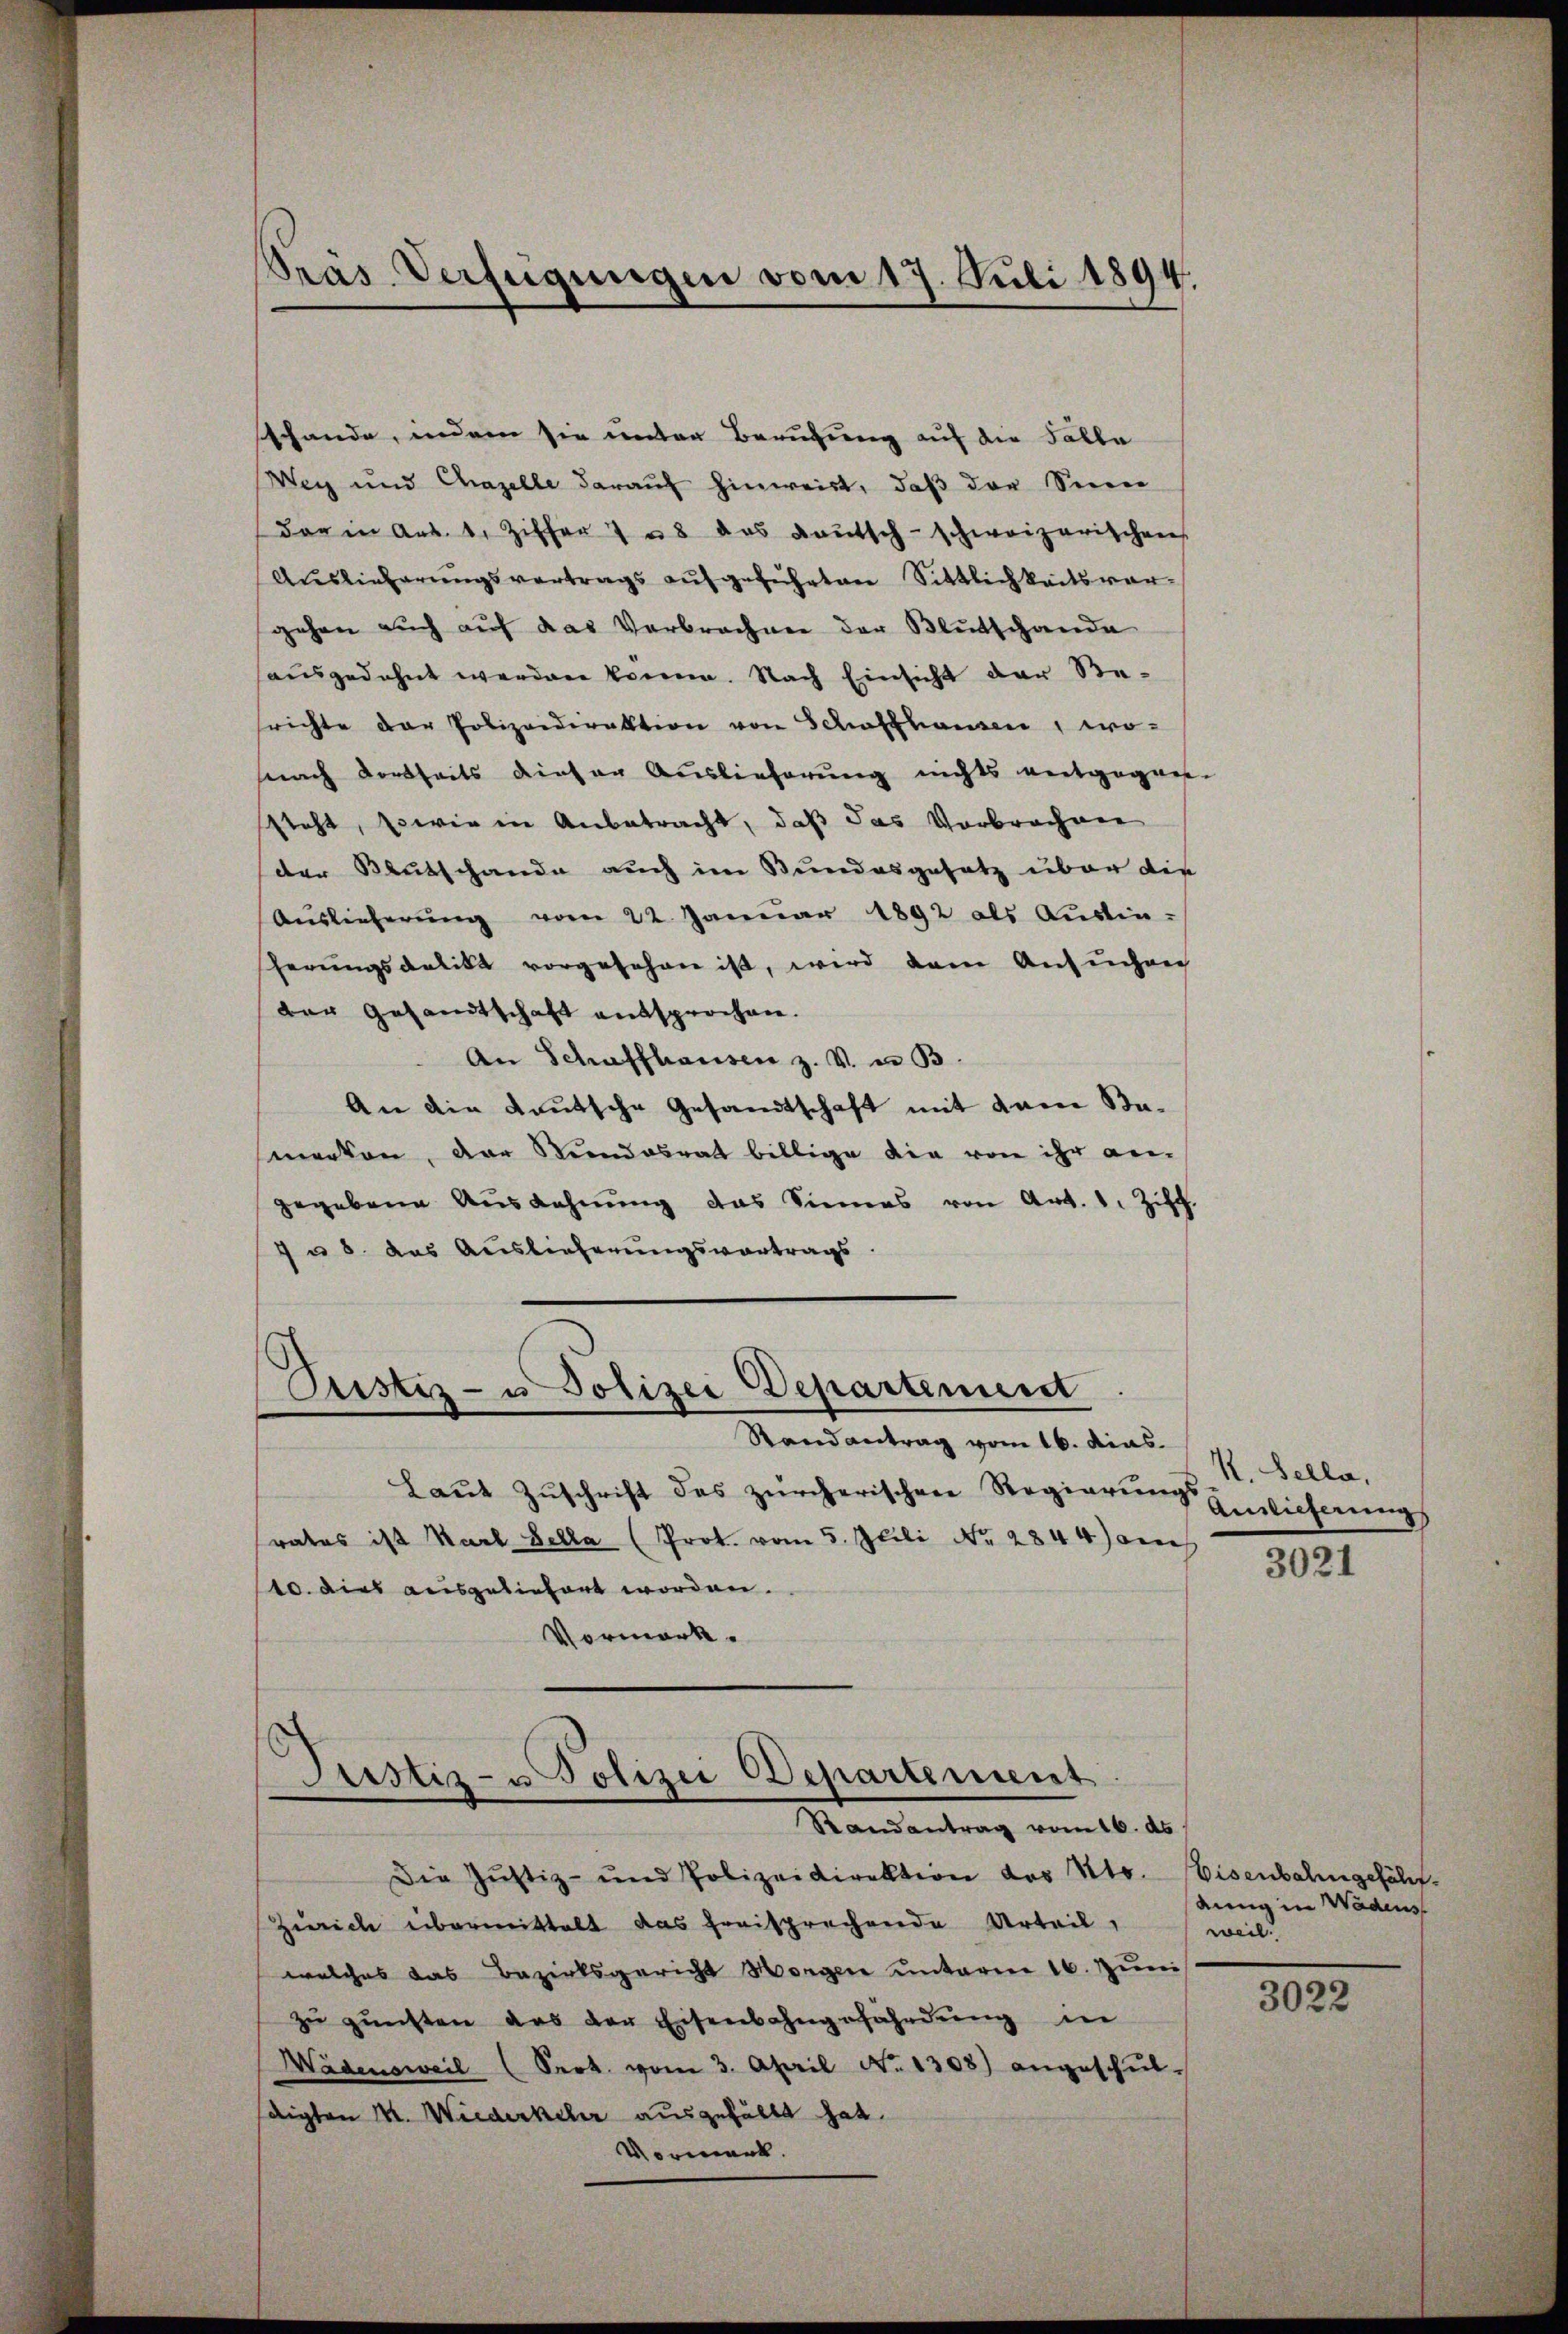
shande, indem sie unter Berufung auf die Falle
Wey und Chazelle darauf hinweist, daß der Seen
dar in Art. 1. Ziffer u das Baŭtsch-schweizerischen
Auslieferungsvertrags aufgeführten Sittlichkeitsvergehen auch auf das Verbrechen der Blutschande
ausgedehnt werden könne. Nach Einsicht der Besrichte der Polizeidirektion von Schaffhausen, wonach dortseits dieser Auslieferung nichts entgegen
steht, sowie in Anbetracht, daß das Verbrochen
der Reutschande auch im Bundesgesetz über die
Auslieferŭng vom 22. Januar 1892 als Aŭstin-
herungsdelikt vorgesehen ist, wird dem Ansuchen
der Gesamtschaft entsprochen.
An Schaffhausen z. V. u. B.
An die Kautsche Gesandtschaft mit dem Bamerken, der Beendesrat billige die von ihr an-
gegebene Aŭslahnŭng das Sinnes von Art. 1. Ziff.
 u 6. das Auslieferungsvortrags

Präs. Verfügungen vom 17. Juli 1894.

Justiz- u Polizei Departement
Randantrag vom 16. dies

Laut Zuschrift des zürcherischen Regierung Einwieferung
rates ist Karl Bella (Prot. vom 5. Juli Nr. 2844) an
10. dies ausgeliefert worden.
Vormerk.

Justiz- u Polizei Departement
Randantrag vom 16. ds.

Die Justiz- und Polizeidirektion des Kts. Eisenbahngefähr¬
Zürich übermittelt das freisprechende Urteil,
welches das Bezirksgericht Horgen unterm 16. Juni
zŭ günsten das der Eisenbahngefährdung in
Wädensweil (Sert. vom 3. April No 1308) angeschŭl-
sdigten M. Wiederkehr ausgefällt hat.
Vormerk.

K. Sella,

3021

dung in Wädens
weil.

3022